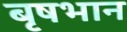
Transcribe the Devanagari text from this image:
बृषभान